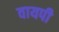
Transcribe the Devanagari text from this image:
वायपी